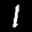
Digit: 1